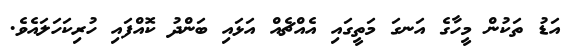
އަޑު ތަކުން މީހާގެ އަނގަ މަތީގައި އެއްޗެއް އަޅައި ބަންދު ކޮއްފައި ހުރިކަހަލައެވެ.